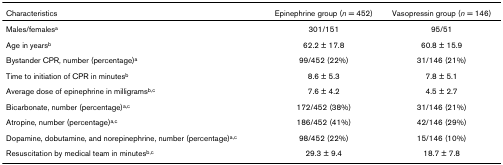
<table><thead><tr><td><b>Characteristics</b></td><td><b>Epinephrine group (<i>n </i>= 452)</b></td><td><b>Vasopressin group (<i>n </i>= 146)</b></td></tr></thead><tbody><tr><td>Males/females<sup>a</sup></td><td>301/151</td><td>95/51</td></tr><tr><td>Age in years<sup>b</sup></td><td>62.2 ± 17.8</td><td>60.8 ± 15.9</td></tr><tr><td>Bystander CPR, number (percentage)<sup>a</sup></td><td>99/452 (22%)</td><td>31/146 (21%)</td></tr><tr><td>Time to initiation of CPR in minutes<sup>b</sup></td><td>8.6 ± 5.3</td><td>7.8 ± 5.1</td></tr><tr><td>Average dose of epinephrine in milligrams<sup>b,c</sup></td><td>7.6 ± 4.2</td><td>4.5 ± 2.7</td></tr><tr><td>Bicarbonate, number (percentage)<sup>a,c</sup></td><td>172/452 (38%)</td><td>31/146 (21%)</td></tr><tr><td>Atropine, number (percentage)<sup>a,c</sup></td><td>186/452 (41%)</td><td>42/146 (29%)</td></tr><tr><td>Dopamine, dobutamine, and norepinephrine, number (percentage)<sup>a,c</sup></td><td>98/452 (22%)</td><td>15/146 (10%)</td></tr><tr><td>Resuscitation by medical team in minutes<sup>b,c</sup></td><td>29.3 ± 9.4</td><td>18.7 ± 7.8</td></tr></tbody></table>